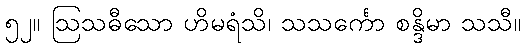
၅၂။ ဩသဓီသော ဟိမရံသိ၊ သသင်္ကော စန္ဒိမာ သသီ။